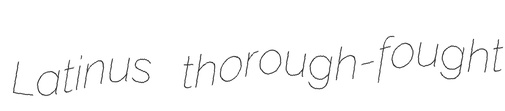
Latinus thorough-fought